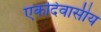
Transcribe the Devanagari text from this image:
एकदिवासीय